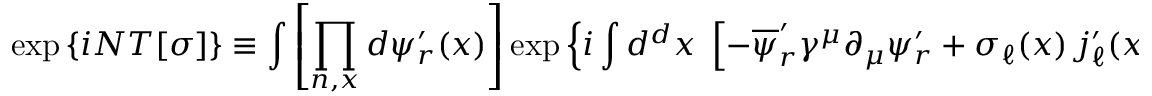
\exp \left\{ i N T [ \sigma ] \right\} \equiv \int \left[ \prod _ { n , x } d \psi _ { r } ^ { \prime } ( x ) \right] \exp \left\{ i \int d ^ { d } x \; \left[ - \overline { { { \psi } } } _ { r } ^ { \prime } \gamma ^ { \mu } \partial _ { \mu } \psi _ { r } ^ { \prime } + \sigma _ { \ell } ( x ) \, j _ { \ell } ^ { \prime } ( x ) \right] \right\} \; .